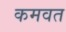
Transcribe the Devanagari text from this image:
कमवत